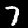
Label: 7